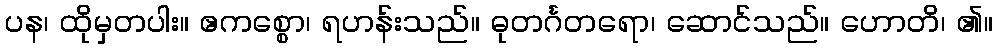
ပန၊ ထိုမှတပါး။ ဧကစ္စော၊ ရဟန်းသည်။ ဓုတင်္ဂတရော၊ ဆောင်သည်။ ဟောတိ၊ ၏။